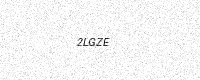
Text: 2LGZE